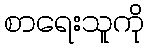
စာရေးသူကို